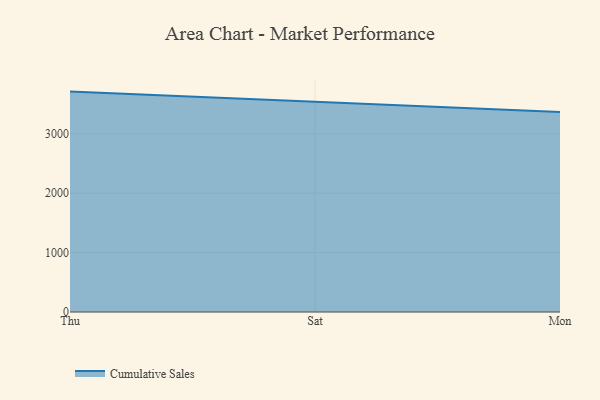
{"axis": {"x": "Day", "y": "Inventory Turnover"}, "legend": ["Cumulative Sales"], "data": [{"x": "Thu", "y": 3708.3, "type": "Cumulative Sales"}, {"x": "Sat", "y": 3531.3, "type": "Cumulative Sales"}, {"x": "Mon", "y": 3366.1, "type": "Cumulative Sales"}]}